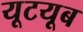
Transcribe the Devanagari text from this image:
यूटयूब